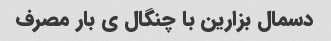
دسمال بزارین با چنگال ی بار مصرف